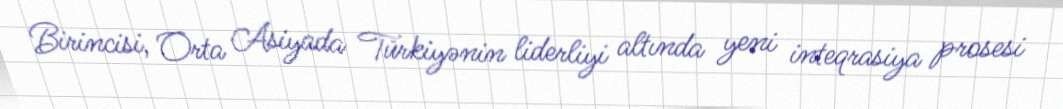
Birincisi, Orta Asiyada Türkiyənin liderliyi altında yeni inteqrasiya prosesi